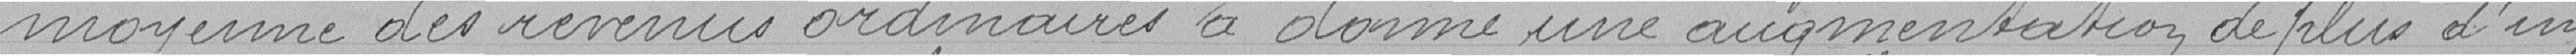
moyenne des revenus ordinaires a donné une augmentation de plus d'un